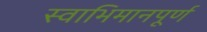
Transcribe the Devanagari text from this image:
स्वाभिमानपूर्ण